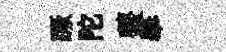
蹶陀虀舉